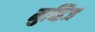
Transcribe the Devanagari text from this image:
मुव्हिज